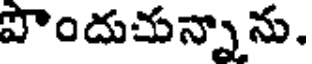
పొందుచున్నాను.